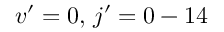
v ^ { \prime } = 0 , \, j ^ { \prime } = 0 - 1 4